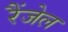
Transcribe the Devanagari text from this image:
रैंजेल